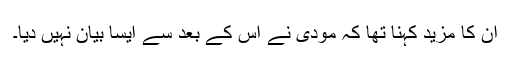
ان کا مزید کہنا تھا کہ مودی نے اس کے بعد سے ایسا بیان نہیں دیا۔